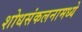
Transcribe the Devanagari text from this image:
शोधसंकलनामध्ये